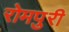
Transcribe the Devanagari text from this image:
रोमपुरी